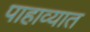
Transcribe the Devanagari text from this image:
पाहाव्यात